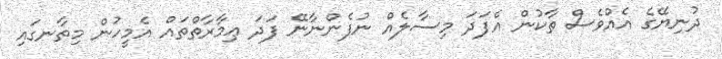
ދުނިޔޭގެ އެއްވެސް ތާކުން އެފަދަ މިސާލެއް ނުފެންނާނޭ ފަދަ ޢިމާރާތްތައް އެމީހުން މިތާނގައި